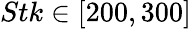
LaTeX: Stk\in[200,300]